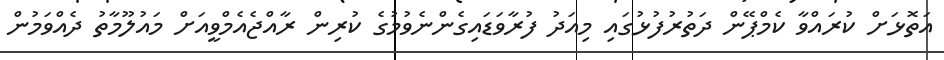
އަތޮޅަށް ކުރައްވާ ކެމްޕޭން ދަތުރުފުޅުގައި މިއަދު ފުރާވަޑައިގެންނެވުމުގެ ކުރިން ރާއްޖެއެމްވީއަށް މައުލޫމާތު ދެއްވަމުން